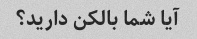
آیا شما بالکن دارید؟